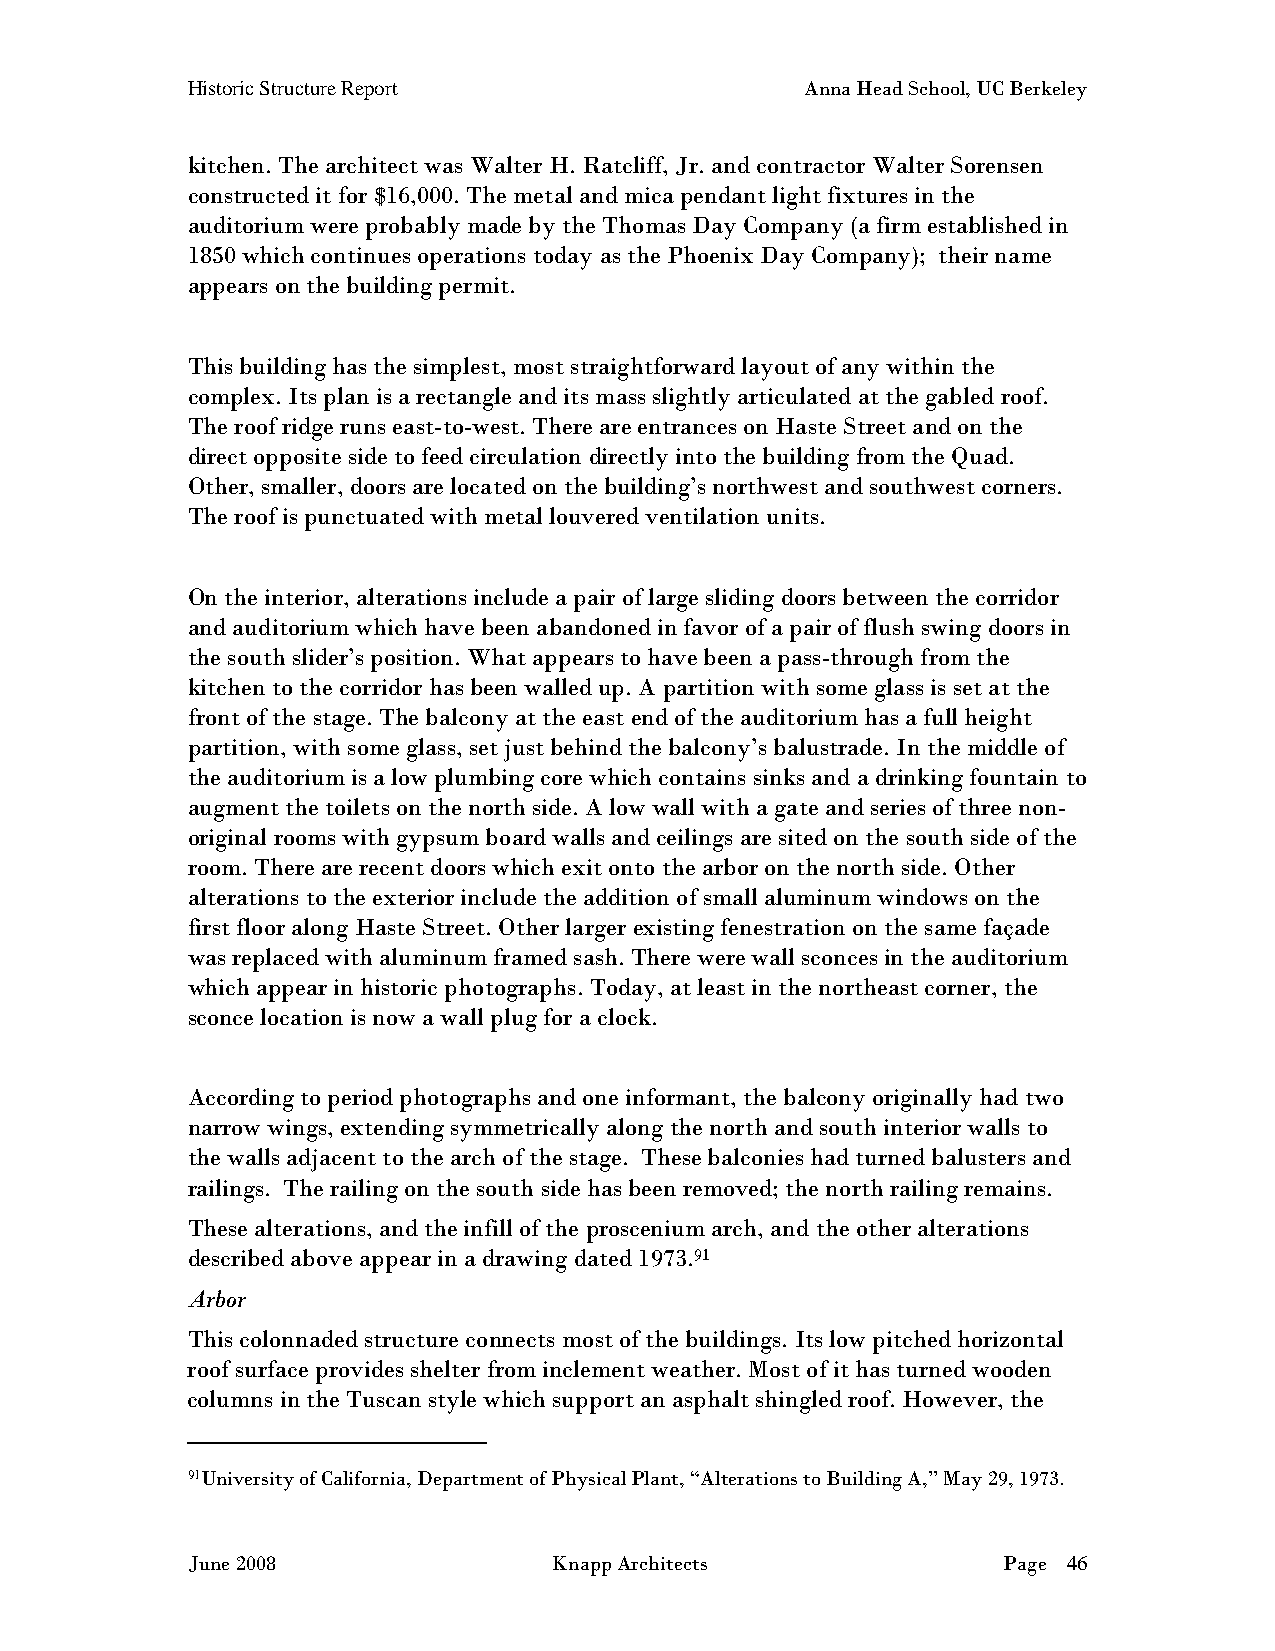
Historic Structure Report                Anna Head School, UC Berkeley
 kitchen. The architect was Walter H. Ratcliff, Jr. and contractor Walter Sorensen
 constructed it for $16,000. The metal and mica pendant light fixtures in the
 auditorium were probably made by the Thomas Day Company (a firm established in
 1850 which continues operations today as the Phoenix Day Company); their name
 appears on the building permit.
 This building has the simplest, most straightforward layout of any within the
 complex. Its plan is a rectangle and its mass slightly articulated at the gabled roof.
 The roof ridge runs east-to-west. There are entrances on Haste Street and on the
 direct opposite side to feed circulation directly into the building from the Quad.
 Other, smaller, doors are located on the building’s northwest and southwest corners.
 The roof is punctuated with metal louvered ventilation units.
 On the interior, alterations include a pair of large sliding doors between the corridor
 and auditorium which have been abandoned in favor of a pair of flush swing doors in
 the south slider’s position. What appears to have been a pass-through from the
 kitchen to the corridor has been walled up. A partition with some glass is set at the
 front of the stage. The balcony at the east end of the auditorium has a full height
 partition, with some glass, set just behind the balcony’s balustrade. In the middle of
 the auditorium is a low plumbing core which contains sinks and a drinking fountain to
 augment the toilets on the north side. A low wall with a gate and series of three non-
 original rooms with gypsum board walls and ceilings are sited on the south side of the
 room. There are recent doors which exit onto the arbor on the north side. Other
 alterations to the exterior include the addition of small aluminum windows on the
 first floor along Haste Street. Other larger existing fenestration on the same façade
 was replaced with aluminum framed sash. There were wall sconces in the auditorium
 which appear in historic photographs. Today, at least in the northeast corner, the
 sconce location is now a wall plug for a clock.
 According to period photographs and one informant, the balcony originally had two
 narrow wings, extending symmetrically along the north and south interior walls to
 the walls adjacent to the arch of the stage. These balconies had turned balusters and
 railings. The railing on the south side has been removed; the north railing remains.
 These alterations, and the infill of the proscenium arch, and the other alterations
 described above appear in a drawing dated 1973.91
 Arbor
 This colonnaded structure connects most of the buildings. Its low pitched horizontal
 roof surface provides shelter from inclement weather. Most of it has turned wooden
 columns in the Tuscan style which support an asphalt shingled roof. However, the
 91University of California, Department of Physical Plant, “Alterations to Building A,” May 29, 1973.
 June 2008                Knapp Architects             Page 46